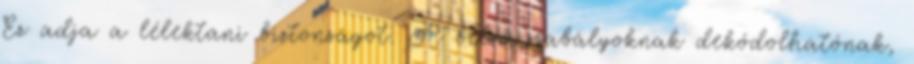
Ez adja a lélektani biztonságot. A belső szabályoknak dekódolhatónak,